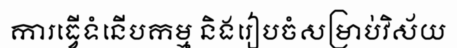
ការធ្វើទំនើបកម្ម និងរៀបចំសម្រាប់វិស័យ